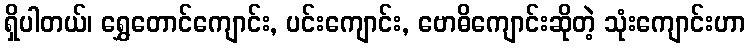
ရှိပါတယ်၊ ရွှေတောင်ကျောင်း, ပင်းကျောင်း, ဗောဓိကျောင်းဆိုတဲ့ သုံးကျောင်းဟာ